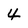
Character: 4